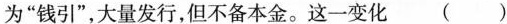
为”钱引”，大量发行，但不备本金。这一变化 ( )